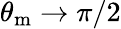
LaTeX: \theta_{\mathrm{m}}\to\pi/2